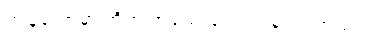
ကျွန်တော်မှာ အိတ် အသေးတွေ ငါးခုပါပါတယ်။